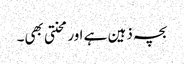
بچہ ذہین ہے اور محنتی بھی۔